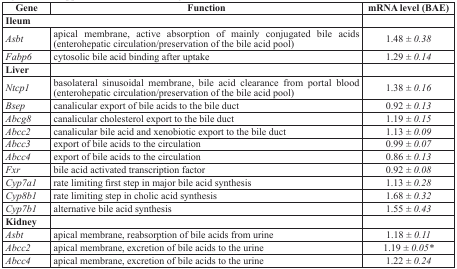
<table><thead><tr><td><b>Gene</b></td><td><b>Function</b></td><td><b>mRNA level (BAE)</b></td></tr></thead><tbody><tr><td colspan="2"><b>Ileum</b></td><td></td></tr><tr><td><i>Asbt</i></td><td>apical membrane, active absorption of mainly conjugated bile acids (enterohepatic circulation/preservation of the bile acid pool)</td><td>1.48 <i>± 0.38</i></td></tr><tr><td><i>Fabp6</i></td><td>cytosolic bile acid binding after uptake</td><td>1.29 <i>± 0.14</i></td></tr><tr><td><b>Liver</b></td><td></td><td></td></tr><tr><td><i>Ntcp1</i></td><td>basolateral sinusoidal membrane, bile acid clearance from portal blood (enterohepatic circulation/preservation of the bile acid pool)</td><td>1.38 <i>± 0.16</i></td></tr><tr><td><i>Bsep</i></td><td>canalicular export of bile acids to the bile duct</td><td>0.92 <i>± 0.13</i></td></tr><tr><td><i>Abcg8</i></td><td>canalicular cholesterol export to the bile duct</td><td>1.19 <i>± 0.15</i></td></tr><tr><td><i>Abcc2</i></td><td>canalicular bile acid and xenobiotic export to the bile duct</td><td>1.13 <i>± 0.09</i></td></tr><tr><td><i>Abcc3</i></td><td>export of bile acids to the circulation</td><td>0.99 <i>± 0.07</i></td></tr><tr><td><i>Abcc4</i></td><td>export of bile acids to the circulation</td><td>0.86 <i>± 0.13</i></td></tr><tr><td><i>Fxr</i></td><td>bile acid activated transcription factor</td><td>0.92 <i>± 0.08</i></td></tr><tr><td><i>Cyp7a1</i></td><td>rate limiting first step in major bile acid synthesis</td><td>1.13 <i>± 0.28</i></td></tr><tr><td><i>Cyp8b1</i></td><td>rate limiting step in cholic acid synthesis</td><td>1.68 <i>± 0.32</i></td></tr><tr><td><i>Cyp7b1</i></td><td>alternative bile acid synthesis</td><td>1.55 <i>± 0.43</i></td></tr><tr><td><b>Kidney</b></td><td></td><td></td></tr><tr><td><i>Asbt</i></td><td>apical membrane, reabsorption of bile acids from urine</td><td>1.18 <i>± 0.11</i></td></tr><tr><td><i>Abcc2</i></td><td>apical membrane, excretion of bile acids to the urine</td><td>1.19 <i>± 0.05*</i></td></tr><tr><td><i>Abcc4</i></td><td>apical membrane, excretion of bile acids to the urine</td><td>1.22 <i>± 0.24</i></td></tr></tbody></table>